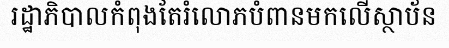
រដ្ឋាភិបាលកំពុងតែរំលោភបំពានមកលើស្ថាប័ន